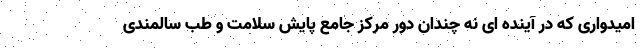
امیدواری که در آینده ای نه چندان دور مرکز جامع پایش سلامت و طب سالمندی